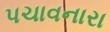
પચાવનારા